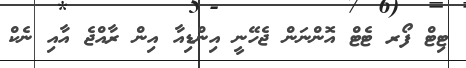
ޓިޓް ފޯރ ޓެޓް އޮންނަން ޖެހޭނީ އިންޑިއާ އިން ރާއްޖެ އާއި ނެކް